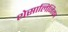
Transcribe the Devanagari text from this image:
थेसालिनिका